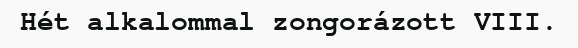
Hét alkalommal zongorázott VIII.